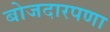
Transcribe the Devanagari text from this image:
बोजदारपणा